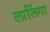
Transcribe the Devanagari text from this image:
लालिंगा